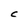
Character: C